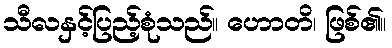
သီလနှင့်ပြည့်စုံသည်။ ဟောတိ၊ ဖြစ်၏။